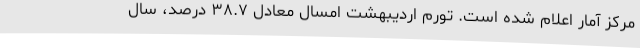
مرکز آمار اعلام شده است. تورم اردیبهشت امسال معادل ۳۸.۷ درصد، سال